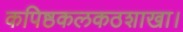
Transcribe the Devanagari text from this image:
कपिष्ठकलकठशाखा।